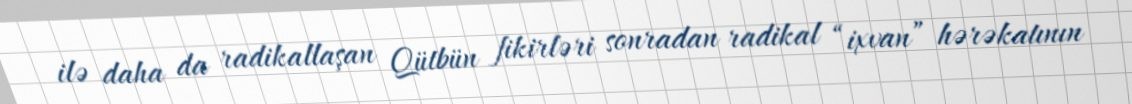
ilə daha da radikallaşan Qütbün fikirləri sonradan radikal “ixvan” hərəkatının